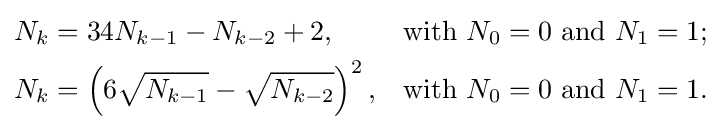
\displaystyle {\begin{aligned}N_{k}&=34N_{k-1}-N_{k-2}+2,&{\text{with }}N_{0}&=0{\text{ and }}N_{1}=1;\\N_{k}&=\left(6{\sqrt {N_{k-1}}}-{\sqrt {N_{k-2}}}\right)^{2},&{\text{with }}N_{0}&=0{\text{ and }}N_{1}=1.\end{aligned}}